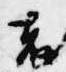
者